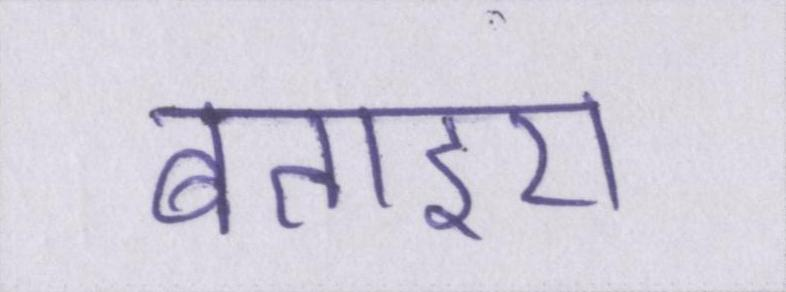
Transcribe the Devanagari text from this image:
बताइए